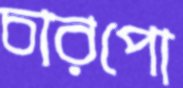
চারপো